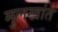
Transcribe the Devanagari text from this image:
मुलखांत